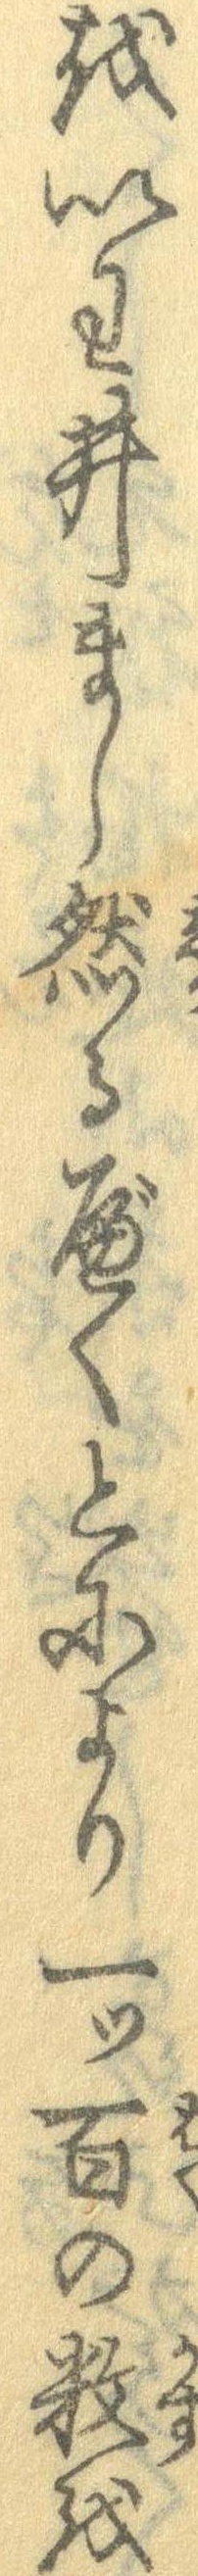
をいわ井まし然るべくとにより一つ百の数を